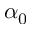
\alpha _ { 0 }